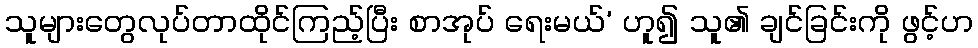
သူများတွေလုပ်တာထိုင်ကြည့်ပြီး စာအုပ် ရေးမယ်’ ဟူ၍ သူ၏ ချင်ခြင်းကို ဖွင့်ဟ